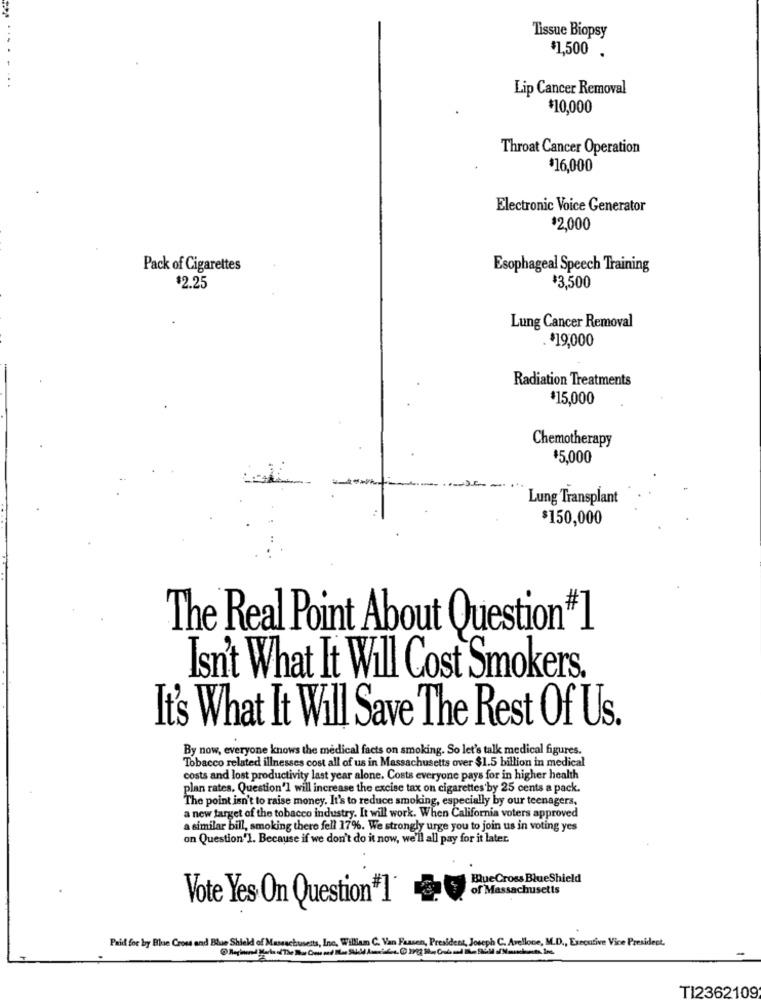
Tissue Biopsy
$1,500 .
Lip Cancer Removal
$10,000
Throat Cancer Operation
$16,000
Electronic Voice Generator
$2,000
Pack of Cigarettes
Esophageal Speech Training
$2.25
$3,500
Lung Cancer Removal
$19,000
Radiation Treatments
$15,000
Chemotherapy
$5,000
Lung Transplant
$150,000
The Real Point About Question#1
Isn't What It Will Cost Smokers.
It's What It Will Save The Rest Of Us.
By now, everyone knows the medical facts on smoking. So let's talk medical figures.
Tobacco related illnesses cost all of us in Massachusetts over $1.5 billion in medical
costs and lost productivity last year alone. Costs everyone pays for in higher health
plan rates. Question'] will increase the excise tax on cigarettes'by 25 cents a pack.
The point isn't to raise money. It's to reduce smoking, especially by our teenagers.
a new farget of the tobacco industry. It will work. When California voters approved
a similar bill, smoking there fell 17%. We strongly urge you to join us in voting yes
on Question'1. Because if we don't do it now, we'll all pay for it later
BlueCross BlueShield
of Massachusetts
Vote Yes On Question"1
Paid for by Blue Cross and Blue Shield of Massachusets, Inc. William C. Van Fassen, President, Joseph C. Avellone, M.D ., Executive Vice President.
TI2362109